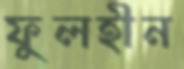
ফুলহীন